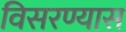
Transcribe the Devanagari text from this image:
विसरण्यास